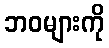
ဘဝများကို